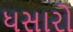
ધસારો